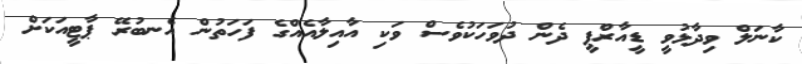
ކާނަލް ވިދާޅުވީ ޑީއާރްޕީ ދެން ދުވަހަކުވެސް ވަކި އާއިލާއެއްގެ ފަހަތުން އެނބުރޭ ޕާޓީއަކަށް